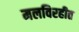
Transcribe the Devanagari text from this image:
मलविरहीत